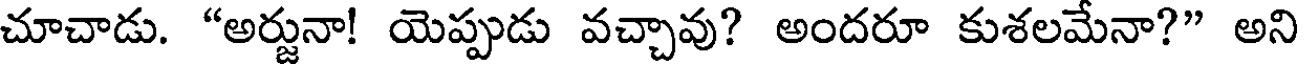
చూచాడు. "అర్జునా! యెప్పుడు వచ్చావు? అందరూ కుశలమేనా?" అని